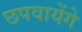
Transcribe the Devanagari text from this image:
छपवायेंगे